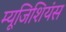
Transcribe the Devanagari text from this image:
म्यूजिशियंस